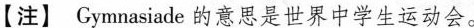
【注】 Gymnasiade的意思是世界中学生运动会。